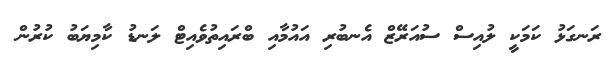
ރަނގަޅު ކަމަކީ ލުއިސް ސުއަރޭޒް އެނބުރި އައުމާއި ބްރައިތުވެއިޓް ލަނޑު ކާމިޔަބު ކުރުން